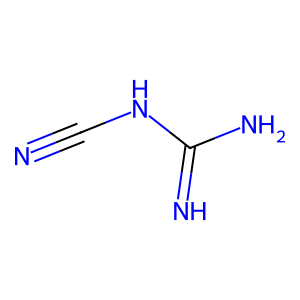
SMILES: N#CNC(=N)N
Inhibits HIV replication: No